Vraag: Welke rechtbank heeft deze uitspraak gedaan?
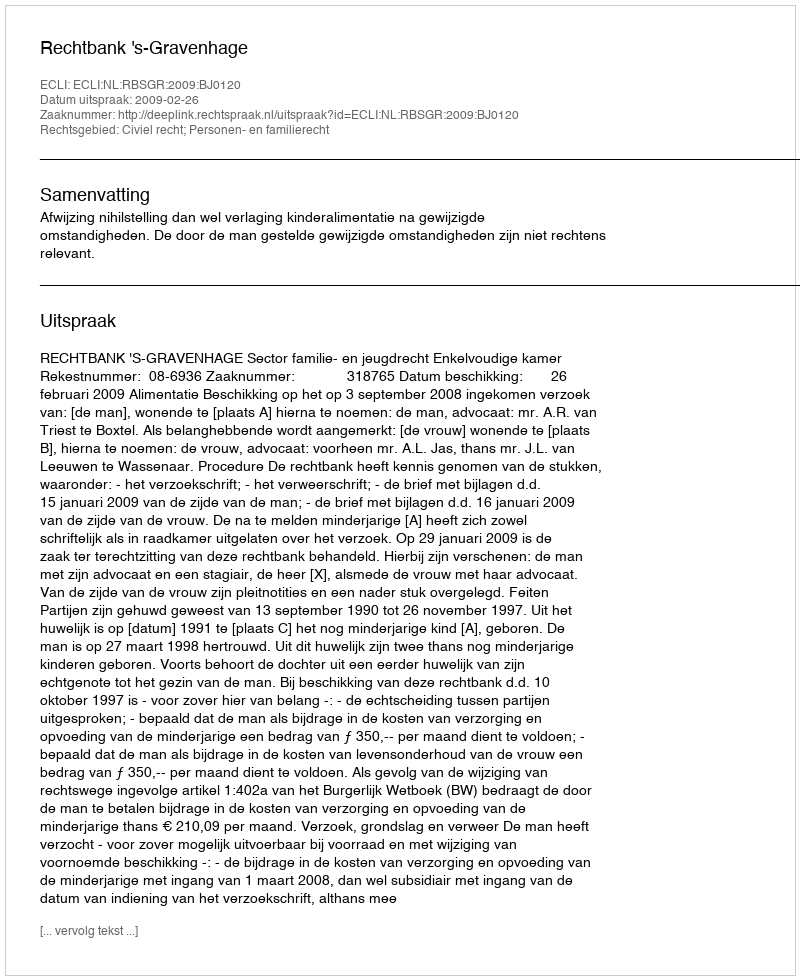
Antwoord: Rechtbank 's-Gravenhage